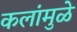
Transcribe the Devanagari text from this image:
कलांमुळे